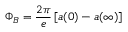
\Phi _ { B } = \frac { 2 \pi } e \left[ a ( 0 ) - a ( \infty ) \right]